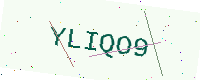
Text: YLIQO9